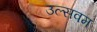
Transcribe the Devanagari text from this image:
उल्सवम